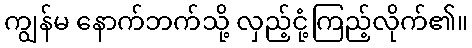
ကျွန်မ နောက်ဘက်သို့ လှည့်ငုံ့ကြည့်လိုက်၏။